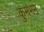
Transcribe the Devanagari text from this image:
कुमभम